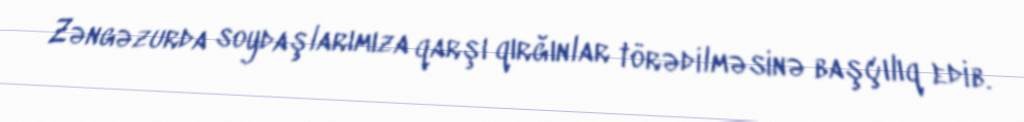
Zəngəzurda soydaşlarımıza qarşı qırğınlar törədilməsinə başçılıq edib.